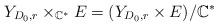
LaTeX: \begin{align*}Y_{D_0,r}\times _{\mathbb C^*}E=(Y_{D_0,r}\times E)/\mathbb C^*\end{align*}